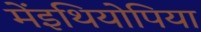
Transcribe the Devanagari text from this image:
मेंइथियोपिया